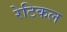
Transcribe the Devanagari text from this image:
रेटिकल